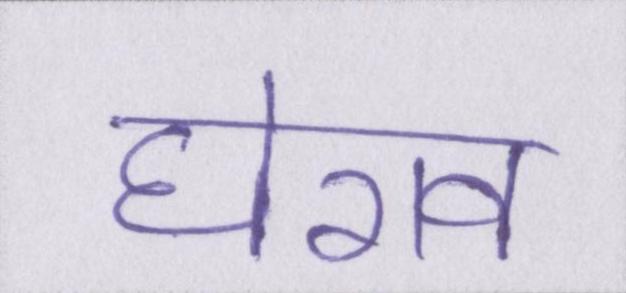
घेराव